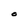
Character: O